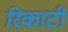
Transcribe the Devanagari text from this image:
रिकाटी